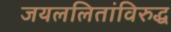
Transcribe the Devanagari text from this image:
जयललितांविरुद्ध